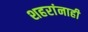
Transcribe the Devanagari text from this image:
शहरांनाही